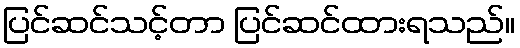
ပြင်ဆင်သင့်တာ ပြင်ဆင်ထားရသည်။